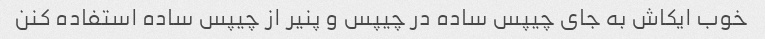
خوب ایکاش به جای چیپس ساده در چیپس و پنیر از چیپس ساده استفاده کنن